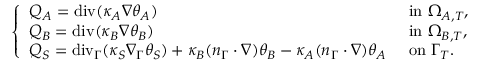
\left\{ \begin{array} { l l } { Q _ { A } = \mathrm { { d i v } } ( \kappa _ { A } \nabla \theta _ { A } ) } & { \mathrm { ~ i n ~ } \Omega _ { A , T } , } \\ { Q _ { B } = { \mathrm { d i v } } ( \kappa _ { B } \nabla \theta _ { B } ) } & { \mathrm { ~ i n ~ } \Omega _ { B , T } , } \\ { Q _ { S } = \mathrm { { d i v } } _ { \Gamma } ( \kappa _ { S } \nabla _ { \Gamma } \theta _ { S } ) + \kappa _ { B } ( n _ { \Gamma } \cdot \nabla ) \theta _ { B } - \kappa _ { A } ( n _ { \Gamma } \cdot \nabla ) \theta _ { A } } & { \mathrm { ~ o n ~ } \Gamma _ { T } . } \end{array} \right.